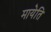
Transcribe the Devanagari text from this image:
मायेति